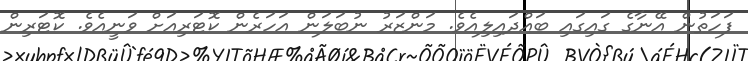
ފަހަތުން އޭނާގެ ގައިގައި ބައްދައިލިއެވެ. މަންޒަރު ނުބަލަން އަހަރެން ކޮޓަރިއަށް ވަނީއެވެ. ކޮޓަރިން